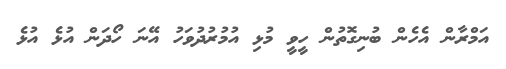
އަމްރާން އެހެން ބުނިގޮތުން ހީވީ މުޅި އުމުރުދުވަހު އޭނަ ހޯދަން އުޅެ އުޅެ